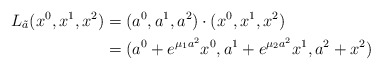
\begin{align*} L_{\tilde{a}}(x^0,x^1,x^2)&=(a^0,a^1,a^2)\cdot(x^0,x^1,x^2)\\ &=(a^0+e^{\mu_1a^2}x^0,a^1+e^{\mu_2a^2}x^1,a^2+x^2)\end{align*}